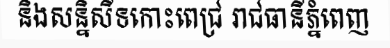
និងសន្និសីទកោះពេជ្រ រាជធានីភ្នំពេញ